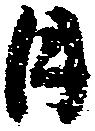
日